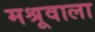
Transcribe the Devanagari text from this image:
मश्रूवाला